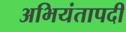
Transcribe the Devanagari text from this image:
अभियंतापदी